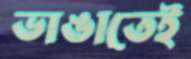
ভাঙাতেই